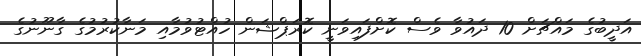
އަދީބުގެ މައްޗަށް 10 ދައުވާ ވެސް ކޮށްފައިވަނީ ކޮރަޕްޝަން ހުއްޓުވުމާއި މަނާކުރުމުގެ ގާނޫނުގެ